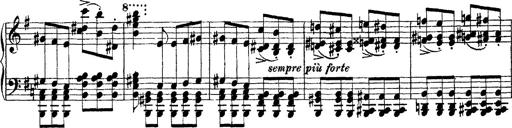
Title: Morceau de Salon
Composer: Josef Adalbert Pacher
Key: D-flat major